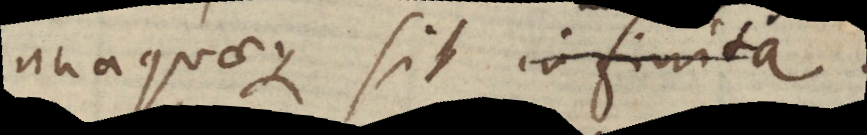
unaquaeque sit infinita.